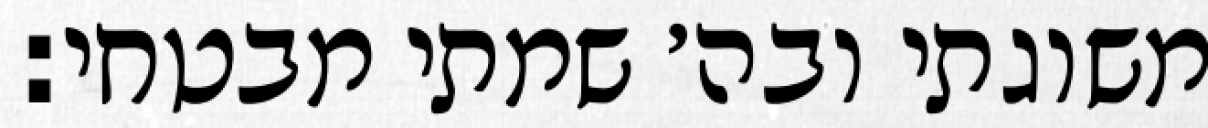
משוגתי ובה׳ שמתי מבטחי: